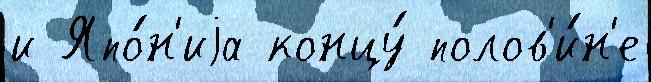
и Япо́н'иjа концу́ полов'и́н'е